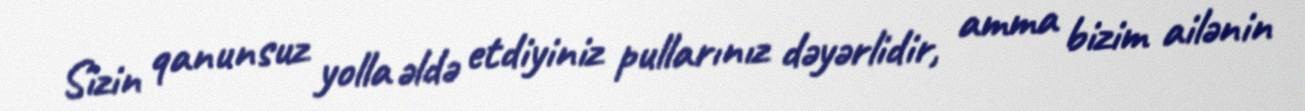
Sizin qanunsuz yolla əldə etdiyiniz pullarınız dəyərlidir, amma bizim ailənin